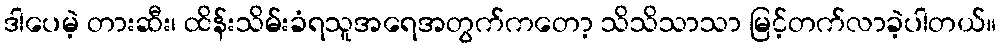
ဒါပေမဲ့ တားဆီး၊ ထိန်းသိမ်းခံရသူအရေအတွက်ကတော့ သိသိသာသာ မြင့်တက်လာခဲ့ပါတယ်။